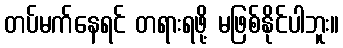
တပ်မက်နေရင် တရားရဖို့ မဖြစ်နိုင်ပါဘူး။